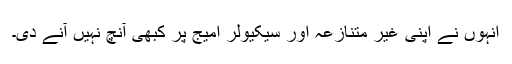
انہوں نے اپنی غیر متنازعہ اور سیکیولر امیج پر کبھی آنچ نہیں آنے دی۔